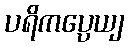
ပရိကပ္ပေယျ